V__Kingissepa_nim__kolhoos, lk 23
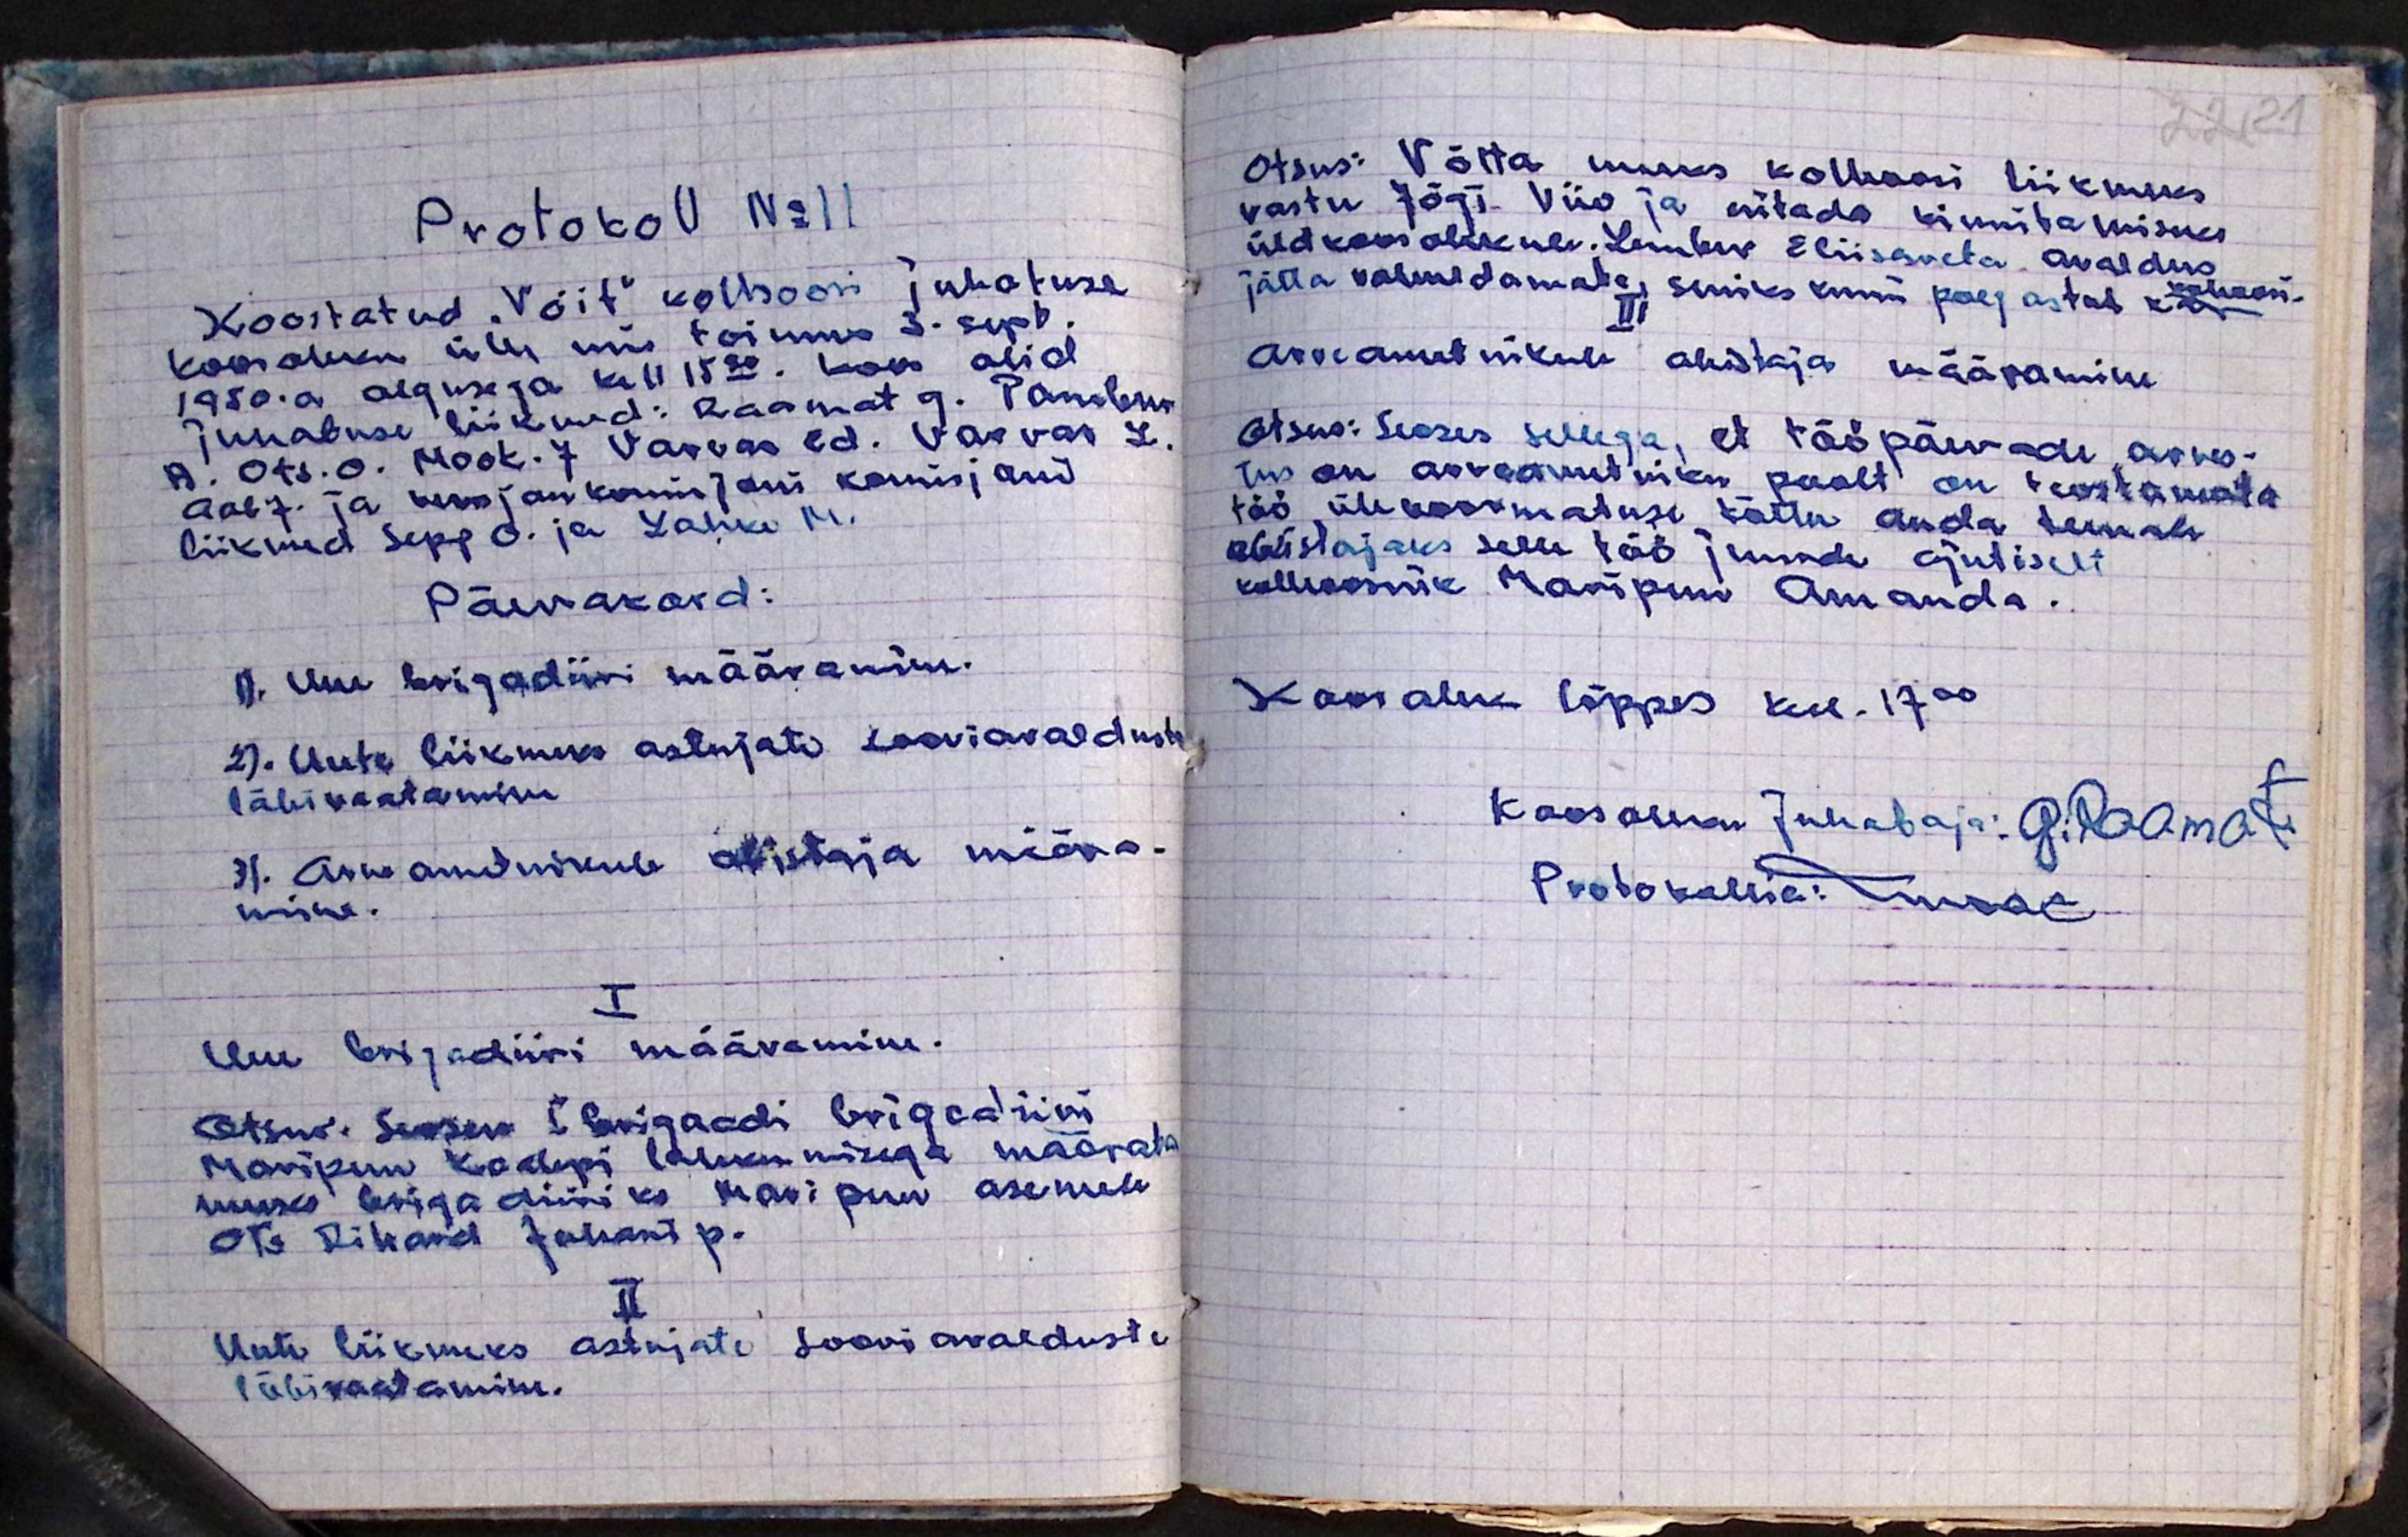
Protokoll No 11
Koostatud "Võit" kolhoosi juhatuse
koosoleku üle, mis toimus 3.sept.
1950.a algusega kell 15.20. Koos olid
juhatuse liikmed: Raamat G. Tambur
A. Ots. O. Mook. J Varvas, Ed. Varvas L.
Aab J. ja revisjon komisjoni komisjoni
liikmed Sepp O. ja Lahke M.
Päevakord:
1). Uue brigadiiri määramine.
2). Uute liikmeks astujate sooviavalduste
läbivaatamine
3). Arveametnikule abistaja määra-
mine.
I
Uue brigadiiri määramine.
Otsus: Seoses I brigaadi brigadiiri
Maripuu Kaalepi lahkumisega määrata
uueks brigadiiriks Maripuu asemele
Ots Rihard Johani p.
II
Uute liikmeks astujate soovi avalduste
läbivaatamine.

Otsus: Võtta uueks kolhoosi liikmeks
vastu Jõgi Viio ja esitada kinnitamiseks
üldkoosolekule. Lember Eliisaveta avaldus
jätta rahuldamata, seniks kuni poeg ostab kohtus
III
Arveametnikule abistajamääramine
otsus: Seoses sellega, et tööpäevade arves-
tus on arveametniku poolt on teostamata
töö ülekoormatuse tõttu anda temale
abistajaks selle töö juurde ajutiselt
kolhoosnik Maripuu Amanda.
Koosolek lõppes kell. 17.00
Koosoleku Juhataja: G.Raamat
Protokollia: Noar